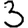
Digit: 3